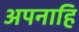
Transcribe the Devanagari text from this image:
अपनाहि